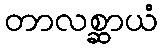
တာလစ္ဆာယံ